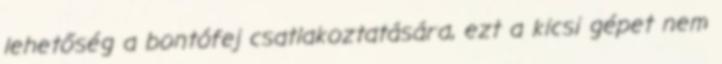
lehetőség a bontófej csatlakoztatására, ezt a kicsi gépet nem